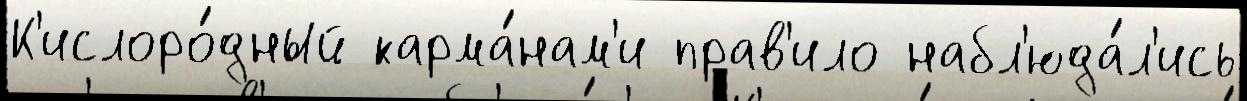
К'ислоро́дный карма́нам'и прав'ило набл'юда́л'ись